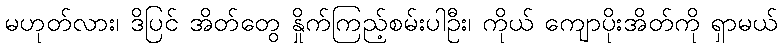
မဟုတ်လား၊ ဒိပြင် အိတ်တွေ နှိုက်ကြည့်စမ်းပါဦး၊ ကိုယ် ကျောပိုးအိတ်ကို ရှာမယ်